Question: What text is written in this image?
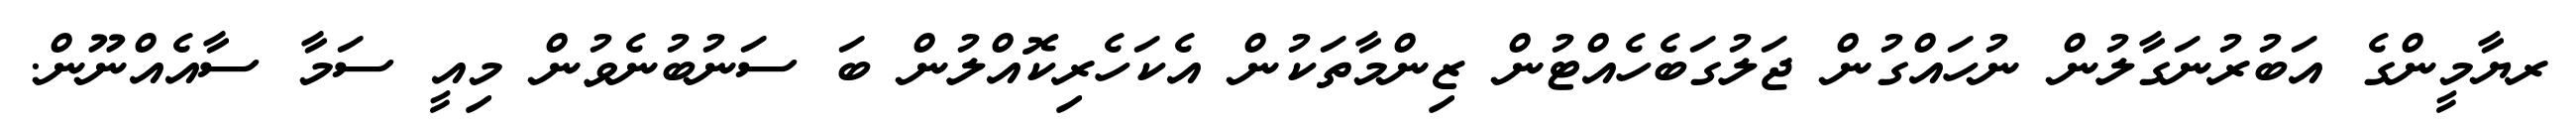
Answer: ރޔާމީންގެ އަބުރުނަގާލުން ނުހައްގުން ޖަލުގަބެހެއްޓުން ޒިންމާތަކުން އެކަހެރިކޮއްލުން ބަ ސަނުބުނެވުން މިއީ ސަމާ ސާއެއްނޫން.